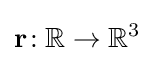
\mathbf {r} \!:\mathbb {R} \to \mathbb {R} ^{3}